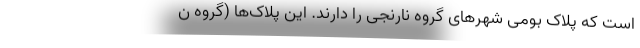
است که پلاک بومی شهرهای گروه نارنجی را دارند. این پلاک‌ها (گروه ن